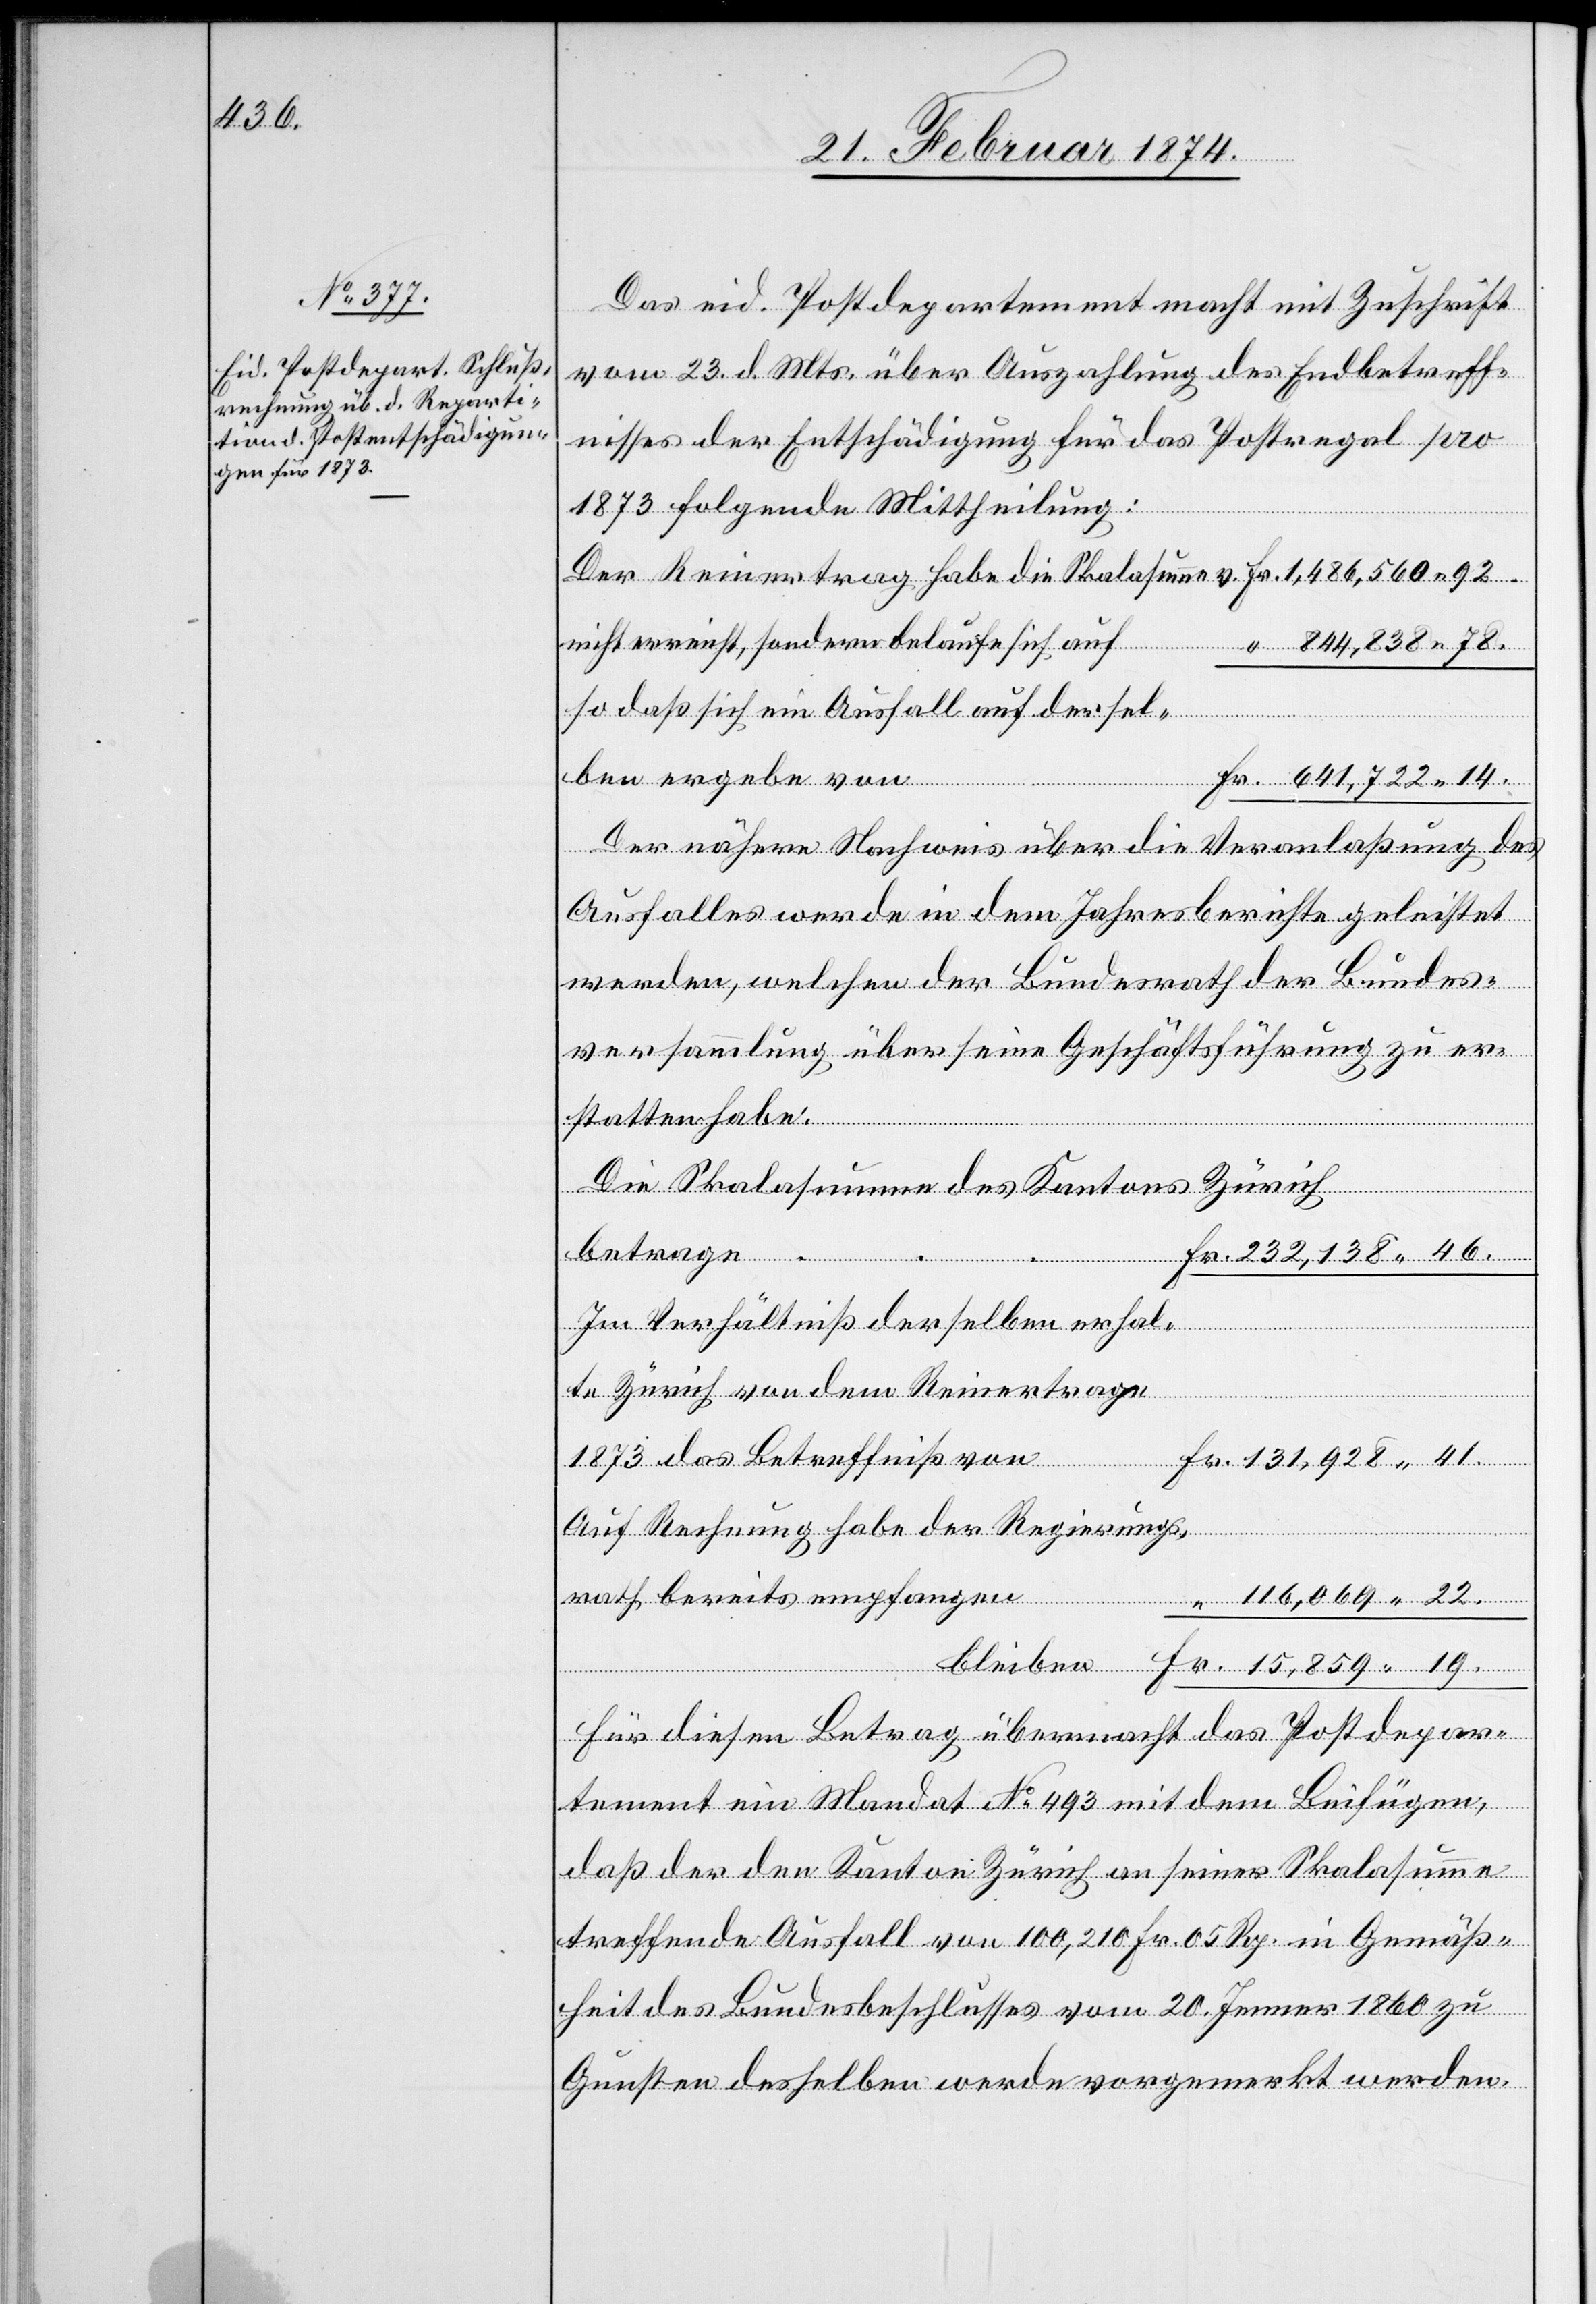
138.46.

25. Februar 1874.]
Das eid. Postdepartement macht mit Zuschrift
vom 23. d. Mts. über Auszahlung des Endbetreff¬
nisses der Entschädigung für das Postregal pro
232,
1873 folgende Mittheilung:
Der Reinertrag habe die Skalasumme v. 	Fr. 1,486, 383.92.
nicht erreicht, sondern belaufe sich auf 	 “ 844,383.78
so daß sich ein Ausfall auf dersel¬
von
Fr. 641,722.14.
Der nähere Nachweis über die Veranlaßung des
Ausfalles werde in dem Jahresberichte geleistet
werden, welchen der Bundesrath der Bundes¬
versammlung über seine Geschäftsführung zu er¬
statten habe.
Die Skalasumme des Kantons Zürich
dem
Im Verhältniß derselben erhal¬
rath
1873 das Betreffniß von
Fr. 131,928.41.
Auf Rechnung habe der Regierungs¬
bereits empfangen
bleiben	Fr. 15,859.19
trage
Für diesen Betrag übermacht das Postdepar¬
tement ein Mandat No 493 mit dem Beifügen,
daß der den Kanton Zürich an seiner Skalasumme
treffende Ausfall von 100,210 Fr. 05 Rp. in Gemäß¬
heit des Bundesbeschlusses vom 20. Jenner 1860 zu
Gunsten desselben werde vorgemerkt werden